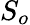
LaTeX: S_{o}